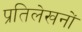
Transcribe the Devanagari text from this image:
प्रतिलेखनों